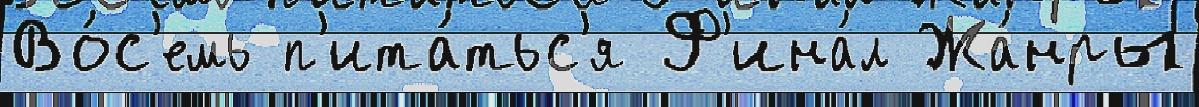
Во́с'емь п'ита́тьс'я Ф'ина́л Жа́нры